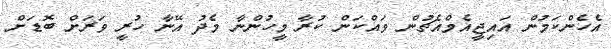
އެހެންކަމުން އައިޖީއެމްއެޗުން ވައްކަން ކުރާ މީހުންނާ މެދު އޭނާ ހުރީ ވަރަށް ބޮޑަށް